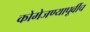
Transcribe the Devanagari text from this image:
कोमेजण्यापूर्वीच